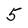
Character: 5